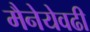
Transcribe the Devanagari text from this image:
मैनेयेवढी